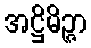
အဋ္ဌိမိဉ္ဇာ